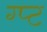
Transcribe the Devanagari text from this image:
ग्प्ट